Indian journal of veterinary science and animal husbandry - Volumes 24-25, 1954-1955
Year: 1954
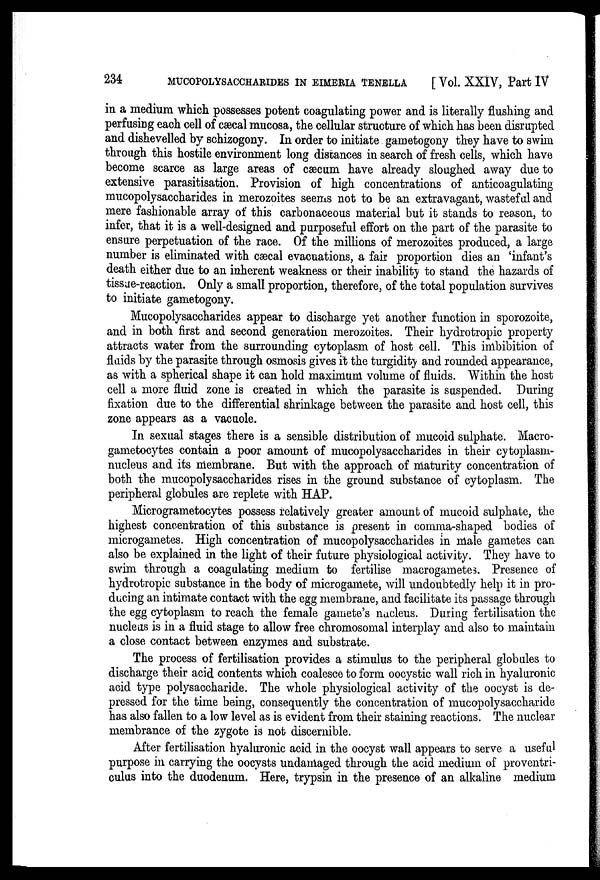
234
MUCOPOLYSACCHARIDES IN EIMERIA TENELLA
[ Vol. XXIV, Part IV
in a medium which possesses potent coagulating power and is literally flushing and
perfusing each cell of cæcal mucosa, the cellular structure of which has been disrupted
and dishevelled by schizogony. In order to initiate gametogony they have to swim
through this hostile environment long distances in search of fresh cells, which have
become scarce as large areas of cæcum have already sloughed away due to
extensive parasitisation. Provision of high concentrations of anticoagulating
mucopolysaccharides in merozoites seems not to be an extravagant, wasteful and
mere fashionable array of this carbonaceous material but it stands to reason, to
infer, that it is a well-designed and purposeful effort on the part of the parasite to
ensure perpetuation of the race. Of the millions of merozoites produced, a large
number is eliminated with cæcal evacuations, a fair proportion dies an 'infant's
death either due to an inherent weakness or their inability to stand the hazards of
tissue-reaction. Only a small proportion, therefore, of the total population survives
to initiate gametogony.
Mucopolysaccharides appear to discharge yet another function in sporozoite,
and in both first and second generation merozoites. Their hydrotropic property
attracts water from the surrounding cytoplasm of host cell. This imbibition of
fluids by the parasite through osmosis gives it the turgidity and rounded appearance,
as with a spherical shape it can hold maximum volume of fluids. Within the host
cell a more fluid zone is created in which the parasite is suspended. During
fixation due to the differential shrinkage between the parasite and host cell, this
zone appears as a vacuole.
In sexual stages there is a sensible distribution of mucoid sulphate. Macro-
gametocytes contain a poor amount of mucopolysaccharides in their cytoplasm-
nucleus and its membrane. But with the approach of maturity concentration of
both the mucopolysaccharides rises in the ground substance of cytoplasm. The
peripheral globules are replete with HAP.
Microgrametocytes possess relatively greater amount of mucoid sulphate, the
highest concentration of this substance is present in comma-shaped bodies of
microgametes. High concentration of mucopolysaccharides in male gametes can
also be explained in the light of their future physiological activity. They have to
swim through a coagulating medium to fertilise macrogametes. Presence of
hydrotropic substance in the body of microgamete, will undoubtedly help it in pro-
ducing an intimate contact with the egg membrane, and facilitate its passage through
the egg cytoplasm to reach the female gamete's nucleus. During fertilisation the
nucleus is in a fluid stage to allow free chromosomal interplay and also to maintain
a close contact between enzymes and substrate.
The process of fertilisation provides a stimulus to the peripheral globules to
discharge their acid contents which coalesce to form oocystic wall rich in hyaluronic
acid type polysaccharide. The whole physiological activity of the oocyst is de-
pressed for the time being, consequently the concentration of mucopolysaccharide
has also fallen to a low level as is evident from their staining reactions. The nuclear
membrance of the zygote is not discernible.
After fertilisation hyaluronic acid in the oocyst wall appears to serve a useful
purpose in carrying the oocysts undamaged through the acid medium of proventri-
culus into the duodenum. Here, trypsin in the presence of an alkaline medium